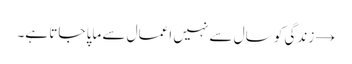
→	زندگی کو سال سے نہیں اعمال سے ماپا جاتا ہے۔